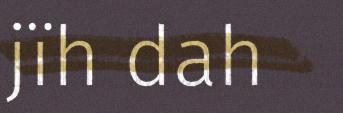
jïh dah